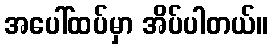
အပေါ်ထပ်မှာ အိပ်ပါတယ်။